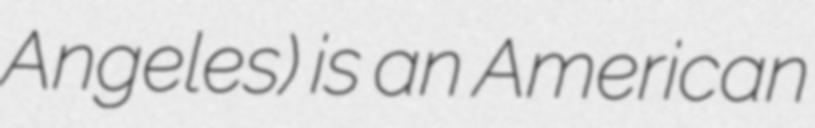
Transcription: Angeles) is an American